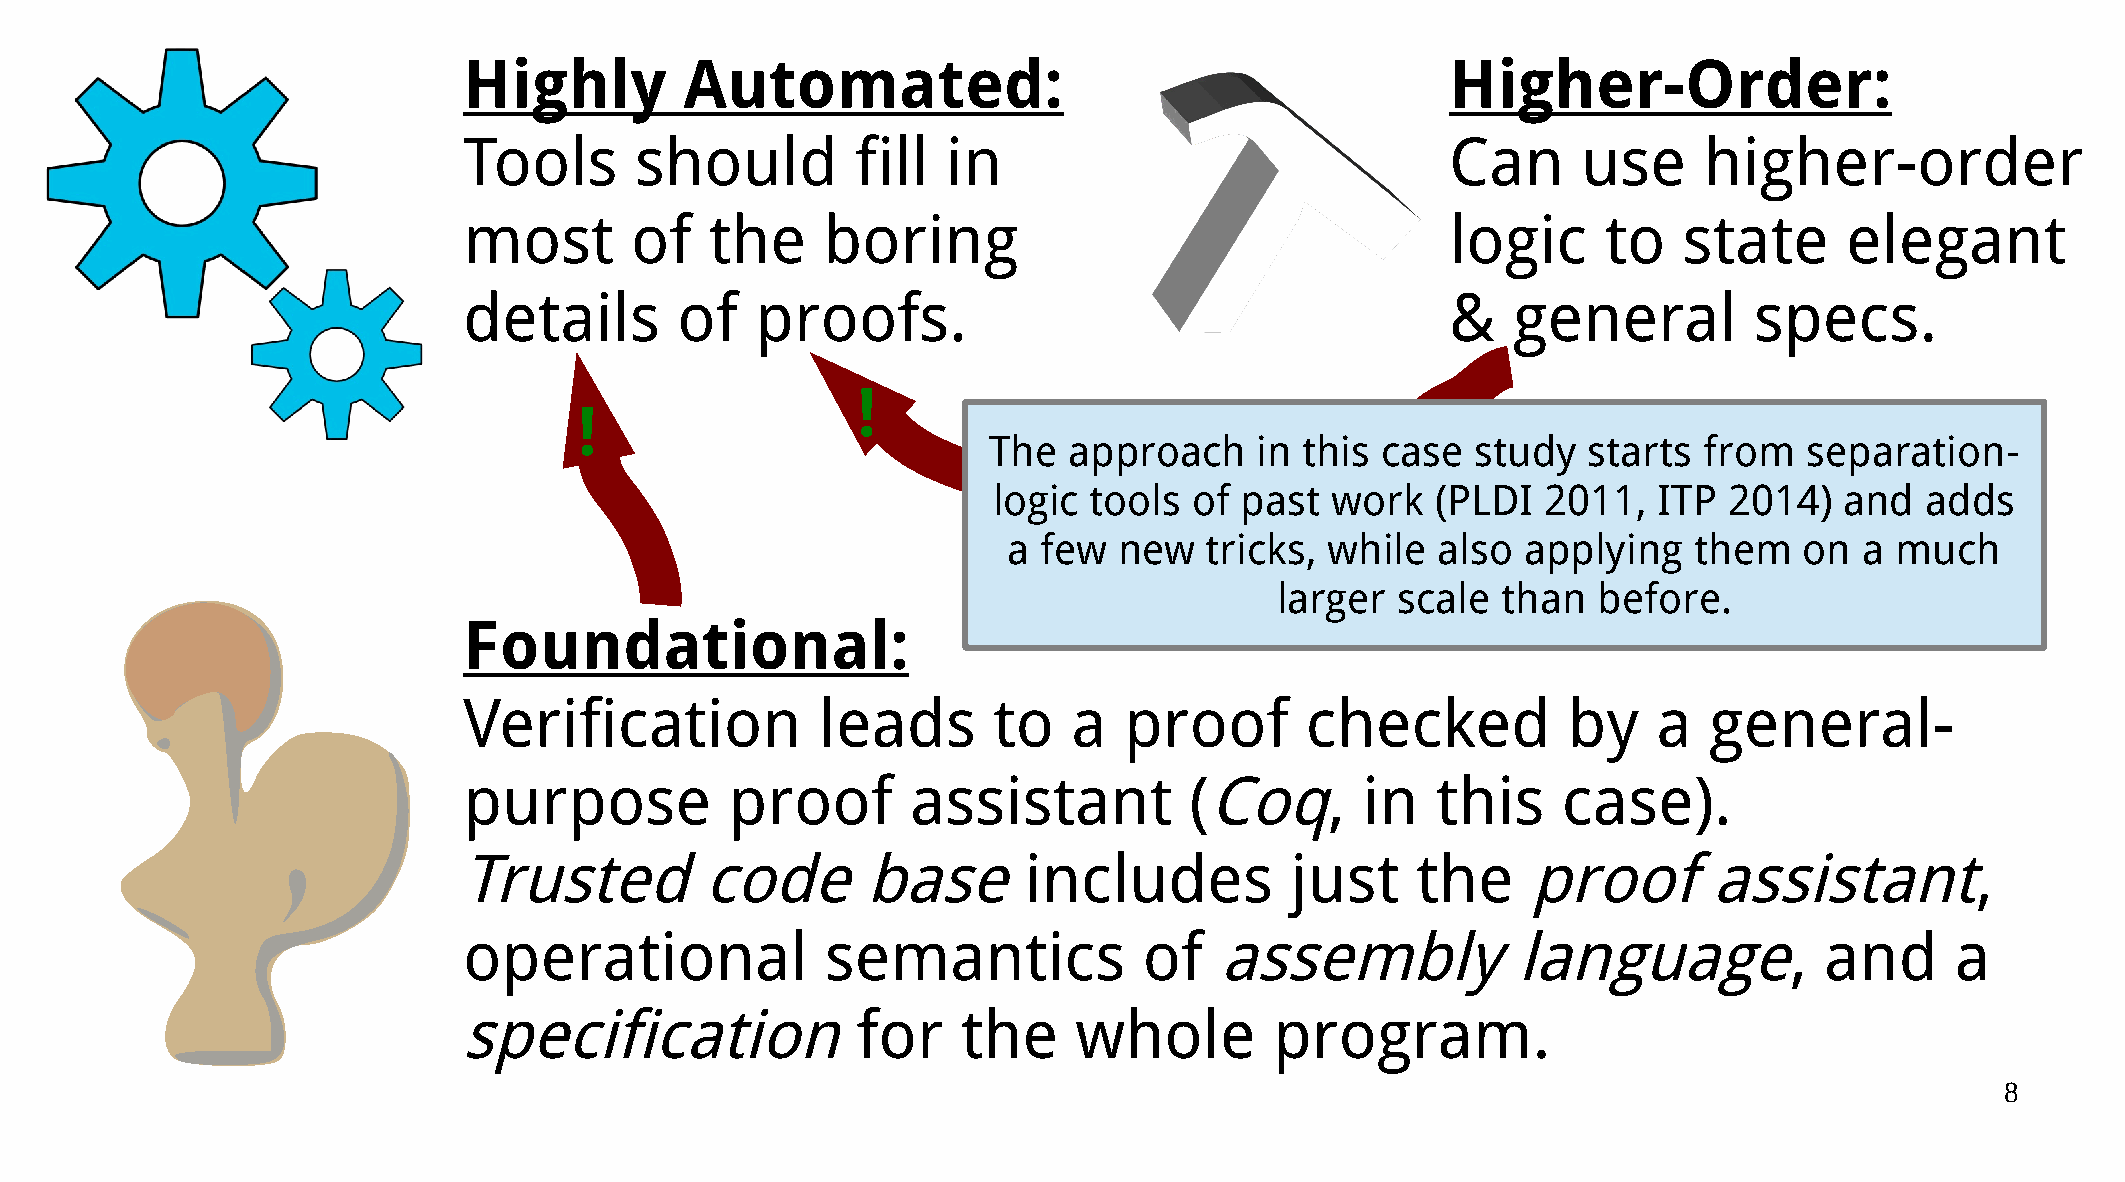
Highly        Automated:                                         Higher-Order:
 Tools      should         fill  in                               Can      use     higher-order
 most       of   the     boring                                   logic     to   state      elegant
 details       of   proofs.                                       &   general         specs.
 !
 !
 The   approach    in this case   study  starts  from   separation-
 logic tools  of past  work   (PLDI  2011,   ITP 2014)   and  adds
 a few  new   tricks, while  also  applying   them   on  a  much
 larger  scale than   before.
 Foundational:
 Verification           leads       to   a  proof       checked           by    a  general-
 purpose          proof       assistant          (Coq,      in   this    case).
 Trusted         code       base       includes         just     the    proof       assistant,
 operational             semantics            of   assembly           language,            and     a
 specification              for    the    whole        program.
 8